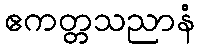
ဧကတ္တသညာနံ